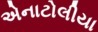
એનાટોલીયા